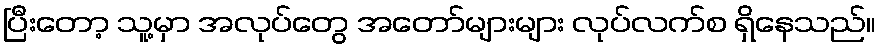
ပြီးတော့ သူ့မှာ အလုပ်တွေ အတော်များများ လုပ်လက်စ ရှိနေသည်။